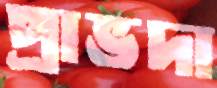
প্রাভদা